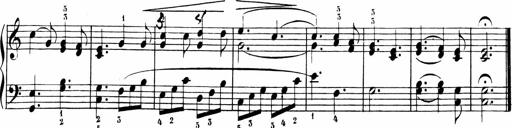
Title: 6 Liedersonatinen
Composer: Carl Reinecke